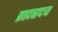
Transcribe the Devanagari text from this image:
ब्रह्मह्रदय